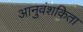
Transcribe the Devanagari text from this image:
आनुवंशकिता